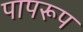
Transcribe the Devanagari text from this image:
पापरूप